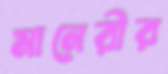
মানেরীর